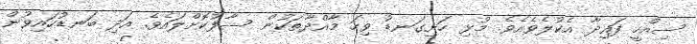
ސިއްހީ ފައިދާ އެކުލެވެއެވެ. މުޅި ހަށިގަނޑު ވިހަ މާއްދާތަކުން ސާފުކޮށްލައެވެ. އަދި ބަނޑުހައިވުން